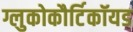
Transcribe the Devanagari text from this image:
ग्लुकोकौर्टिकॉयड